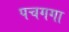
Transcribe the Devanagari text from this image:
पचगगा